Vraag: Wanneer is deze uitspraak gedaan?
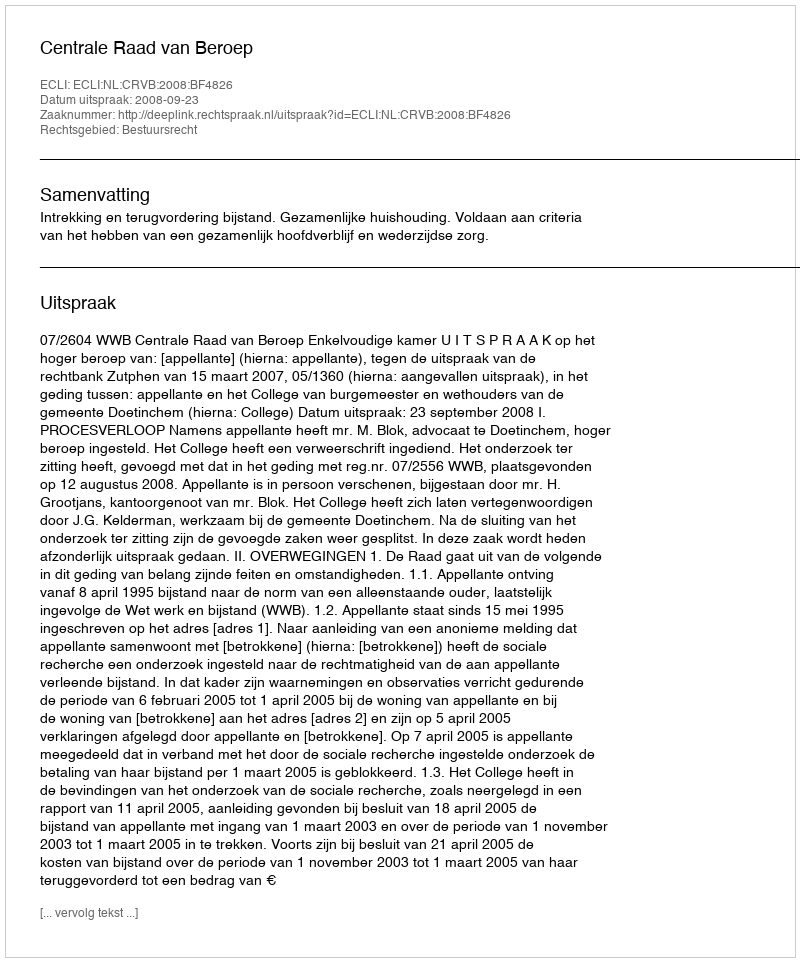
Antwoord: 2008-09-23